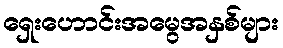
ရှေးဟောင်းအမွေအနှစ်များ